Annual administration report of the Civil Veterinary Department of India - 1897-1898
Year: 1897
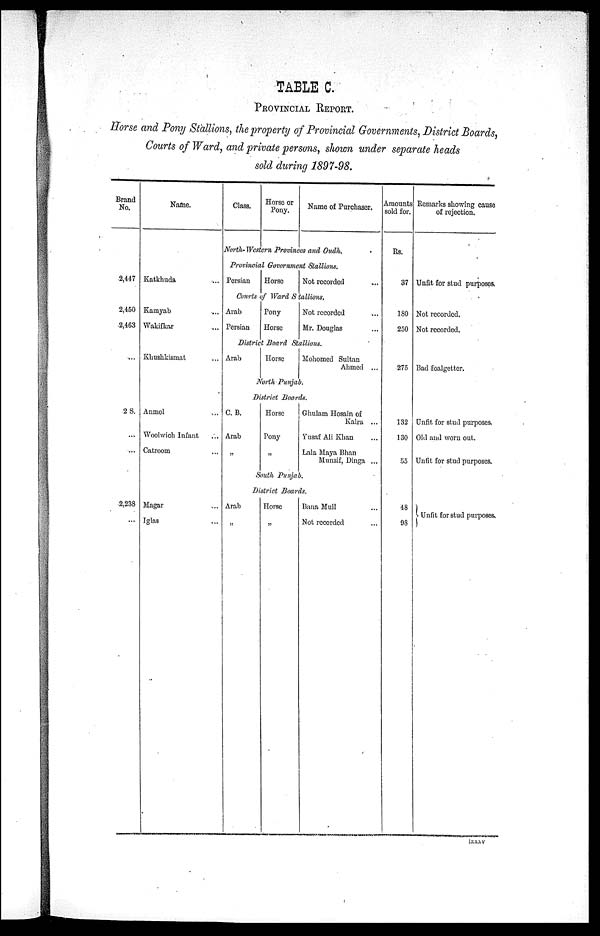
TABLE C.
PROVINCIAL REPORT.
Horse and Pony Stallions, the property of Provincial Governments, District Boards,
Courts of Ward, and private persons, shown under separate heads
sold during 1897-98.
Brand
No.
2,447
2,450
2,463
...
2 S.
...
...
2,238
...
Name.
Katkhuda ...
Kamyab ...
Wakifkar ...
Khushkismat ...
Anmol ...
Woolwich Infant ...
Catroorn ...
Magar ...
Iglas ...
Class.
Horse or
Pony.
Name of Purchaser.
North-Western Provinces and Oudh.
Provincial Government Stallions.
Persian
Horse
Not recorded ...
Courts of Ward Stallions.
Arab
Persian
Pony
Horse
Not recorded ...
Mr. Douglas ...
District Board Stallions.
Arab
Horse
Mohomed Sultan
Ahmed ...
North Punjab.
District Boards.
C. B.
Arab
„
Horse
Pony
„
Ghulam Hosain of
Kalra ...
Yusaf Ali Khan ...
Lala Maya Bhan
Munsif, Dinga ...
South Punjab.
Arab
„
District Boards.
Horse
„
Bana Mull ...
Not recorded ...
Amounts
sold for.
Rs.
37
180
250
275
132
130
55
48
98
Remarks showing cause
of rejection.
Unfit for stud purposes,
Not recorded.
Not recorded.
Bad foalgetter.
Unfit for stud purposes.
Old and worn out.
Unfit for stud purposes.
Unfit for stud purposes.
lxxxv